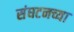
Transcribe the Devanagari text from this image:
संघटनच्या